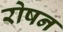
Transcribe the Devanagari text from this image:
रोषन